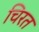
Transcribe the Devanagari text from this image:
चिरत